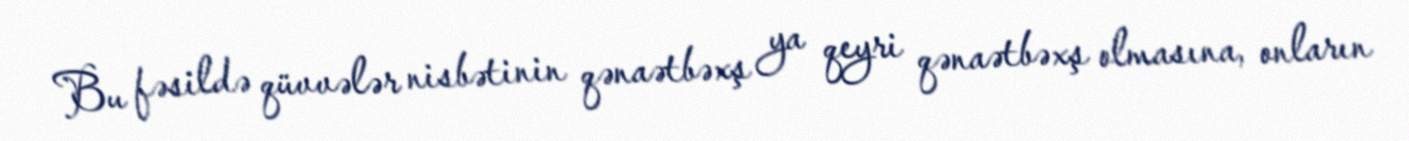
Bu fəsildə qüvvələr nisbətinin qənaətbəxş ya qeyri qənaətbəxş olmasına, onların